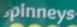
spinneys